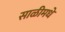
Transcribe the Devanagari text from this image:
साळीमधे